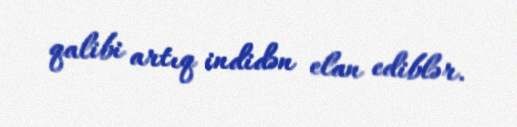
qalibi artıq indidən elan ediblər.